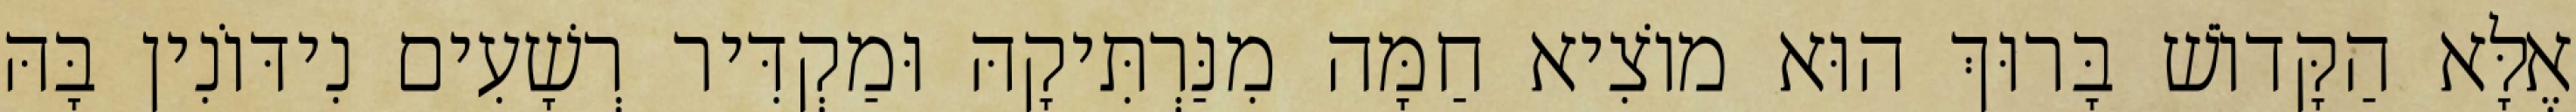
אֶלָּא הַקָּדוֹשׁ בָּרוּךְ הוּא מוֹצִיא חַמָּה מִנַּרְתִּיקָהּ וּמַקְדִּיר רְשָׁעִים נִידּוֹנִין בָּהּ